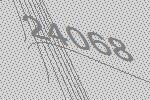
24068